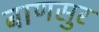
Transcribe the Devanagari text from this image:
बाणसुर